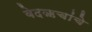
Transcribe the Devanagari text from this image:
वेदऋचांचे